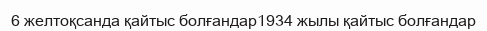
6 желтоқсанда қайтыс болғандар1934 жылы қайтыс болғандар